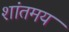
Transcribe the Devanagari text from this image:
शांतमय